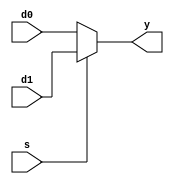
module mux2#(parameter WIDTH=8)(
  input s,
  input [WIDTH-1:0] d0,
  input [WIDTH-1:0] d1,
  output [WIDTH-1:0] y
  );
  assign y = s ? d1 : d0;

endmodule

module mux4#(parameter WIDTH=8)(
  input [1:0]s,
  input [WIDTH-1:0] d0,
  input [WIDTH-1:0] d1,
  input [WIDTH-1:0] d2,
  input [WIDTH-1:0] d3,
  output [WIDTH-1:0] y
  );
  reg[WIDTH-1:0] r;
  always@(*)
  begin
    case(s)
      2'b00: r=d0;
      2'b01: r=d1;
      2'b10: r=d2;
      2'b11: r=d3;
    endcase
  end
  assign y=r;
  
endmodule
   
 module mux8#(parameter WIDTH=8)(
  input [2:0]s,
  input [WIDTH-1:0] d0,
  input [WIDTH-1:0] d1,
  input [WIDTH-1:0] d2,
  input [WIDTH-1:0] d3,
  input [WIDTH-1:0] d4,
  input [WIDTH-1:0] d5,
  input [WIDTH-1:0] d6,
  input [WIDTH-1:0] d7,
  output [WIDTH-1:0] y
  );
  reg[WIDTH-1:0] r;
  always@(*)
  begin
    case(s)
      3'b000: r=d0;
      3'b001: r=d1;
      3'b010: r=d2;
      3'b011: r=d3;
      3'b100: r=d4;
      3'b101: r=d5;
      3'b110: r=d6;
      3'b111: r=d7;
    endcase
  end
  assign y=r;
  
endmodule     


 module mux16#(parameter WIDTH=8)(
  input [2:0]s,
  input [WIDTH-1:0] d0,
  input [WIDTH-1:0] d1,
  input [WIDTH-1:0] d2,
  input [WIDTH-1:0] d3,
  input [WIDTH-1:0] d4,
  input [WIDTH-1:0] d5,
  input [WIDTH-1:0] d6,
  input [WIDTH-1:0] d7,
  input [WIDTH-1:0] d8,
  input [WIDTH-1:0] d9,
  input [WIDTH-1:0] d10,
  input [WIDTH-1:0] d11,
  input [WIDTH-1:0] d12,
  input [WIDTH-1:0] d13,
  input [WIDTH-1:0] d14,
  input [WIDTH-1:0] d15,
  output [WIDTH-1:0] y
  );
  reg[WIDTH-1:0] r;
  always@(*)
  begin
    case(s)
      4'b0000: r=d0;
      4'b0001: r=d1;
      4'b0010: r=d2;
      4'b0011: r=d3;
      4'b0100: r=d4;
      4'b0101: r=d5;
      4'b0110: r=d6;
      4'b0111: r=d7;
      4'b1000: r=d8;
      4'b1001: r=d9;
      4'b1010: r=d10;
      4'b1011: r=d11;
      4'b1100: r=d12;
      4'b1101: r=d13;
      4'b1110: r=d14;
      4'b1111: r=d15;
      
    endcase
  end
  assign y=r;
  
endmodule